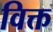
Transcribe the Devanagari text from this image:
विक्त